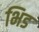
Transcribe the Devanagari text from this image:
भिड